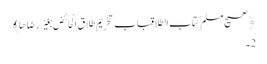
﴿صحیح مسلم کتاب الطلاقباب تَحْرِیمِ طَلاَقِ الْحَائِضِ بِغَیْرِ رِضَاهَا﴾
2۔